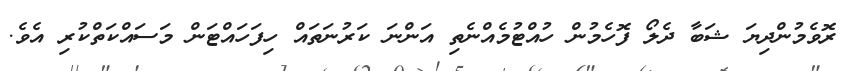
ރޮވެމުންދިޔަ ޝަބާ ދެލޯ ފޮހެމުން ހުއްޓުމެއްނެތި އަންނަ ކަރުނަތައް ހިފަހައްޓަން މަސައްކަތްކުރި އެވެ.